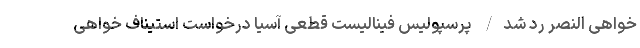
خواهی النصر رد شد/ پرسپولیس فینالیست قطعی آسیا درخواست استیناف خواهی